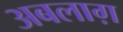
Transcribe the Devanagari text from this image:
अबलाग़